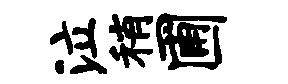
泣稍圃